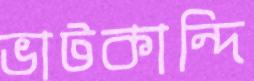
ভাটকান্দি